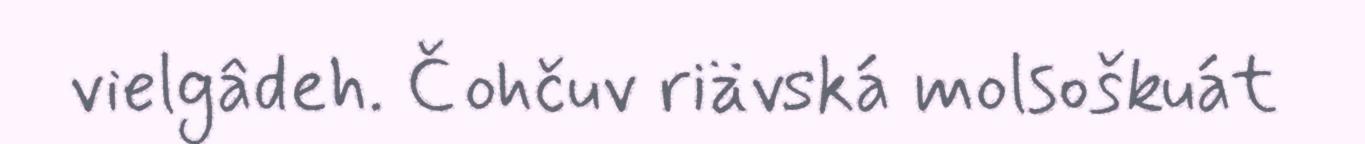
vielgâdeh. Čohčuv riävská molsoškuát